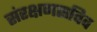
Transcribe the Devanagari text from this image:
संरक्षणसचिव